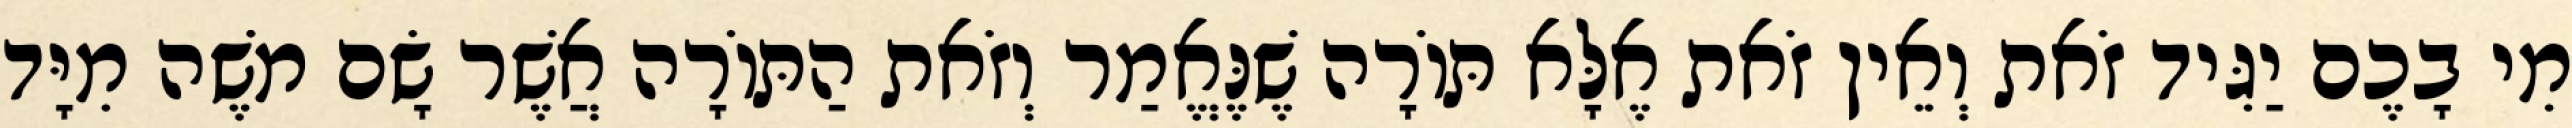
מִי בָכֶם יַגִּיד זֹאת וְאֵין זֹאת אֶלָּא תּוֹרָה שֶׁנֶּאֱמַר וְזֹאת הַתּוֹרָה אֲשֶׁר שָׂם מֹשֶׁה מִיָּד